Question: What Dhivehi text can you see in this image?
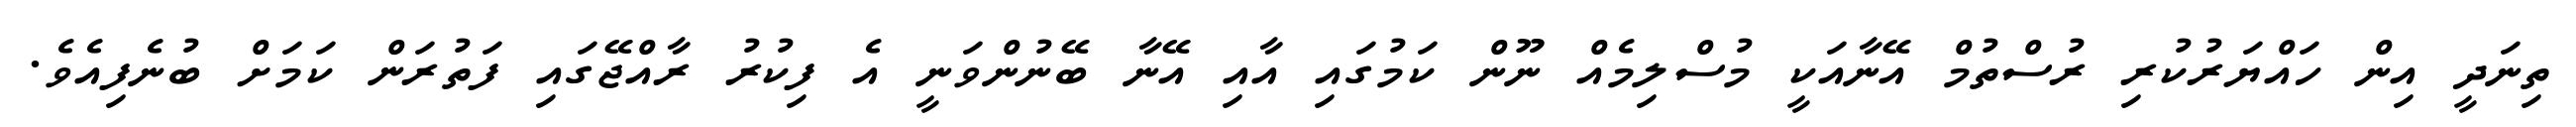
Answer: ތިނަދީ އިން ހައްޔަރުކުރި ރުސްތުމް އޭނާއަކީ މުސްލިމެއް ނޫން ކަމުގައި އާއި އޭނާ ބޭނުންވަނީ އެ ފިކުރު ރާއްޖޭގައި ފަތުރަން ކަމަށް ބުނެފިއެވެ.